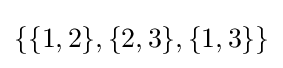
\{\{1,2\},\{2,3\},\{1,3\}\}